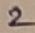
Text: 2